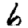
Digit: 6